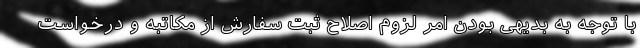
با توجه به بدیهی بودن امر لزوم اصلاح ثبت سفارش از مکاتبه و درخواست